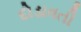
દોડાવતી